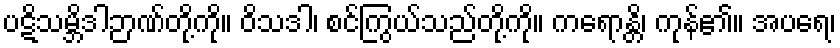
ပဋိသမ္ဘိဒါဉာဏ်တို့ကို။ ဝိသဒါ၊ စင်ကြွယ်သည်တို့ကို။ ကရောန္တိ၊ ကုန်၏။ အပရေ၊